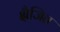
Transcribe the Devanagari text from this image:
क्षैजित